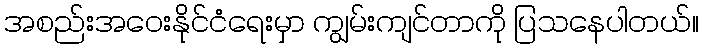
အစည်းအဝေးနိုင်ငံရေးမှာ ကျွမ်းကျင်တာကို ပြသနေပါတယ်။